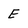
Character: E